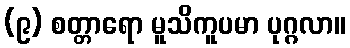
(၉) စတ္တာရော မူသိကူပမာ ပုဂ္ဂလာ။